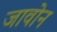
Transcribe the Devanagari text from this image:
जावोन